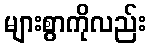
များစွာကိုလည်း